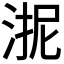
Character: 𭰬